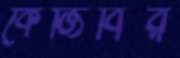
কেজিবির